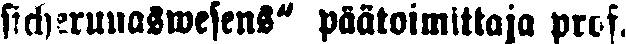
sicherunaswesens" päätoimittaja prof.